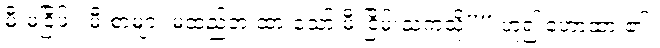
မီးမငြိမ်း၊ မီးစာများ မထည့်ဘဲ ထားသော် မီးငြိမ်းသကဲ့သို့”” ဟူ၍ ဟောထား၏။